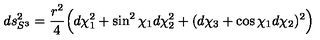
d s _ { S ^ { 3 } } ^ { 2 } = \frac { r ^ { 2 } } { 4 } \Bigl ( d \chi _ { 1 } ^ { 2 } + \sin ^ { 2 } { \chi _ { 1 } } d \chi _ { 2 } ^ { 2 } + ( d \chi _ { 3 } + \cos { \chi _ { 1 } } d \chi _ { 2 } ) ^ { 2 } \Bigr )